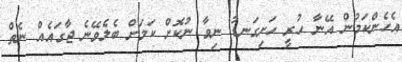
އެހެންކަމުން އޭނާ ހުރީ ހަށިގަނޑު ނިވާ ނުކޮށް ކަމަށް ބެލެވޭނެ ޖާގައެއް ނެތް